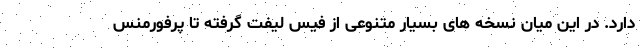
دارد. در این میان نسخه های بسیار متنوعی از فیس لیفت گرفته تا پرفورمنس